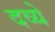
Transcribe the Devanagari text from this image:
दव्ये